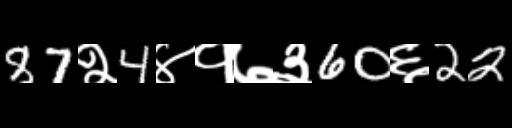
Text: 87२4४१७३60६22